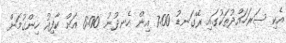
އެކި ސަރަހައްދުތަކުގައި ރޭގަނޑު 7:00 އިން ހެނދުނު 6:00 އަށް ކާފިއު ހިންގުމަށް